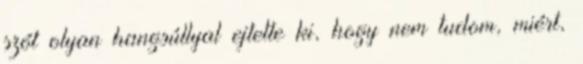
szót olyan hangsúllyal ejtette ki, hogy nem tudom, miért,